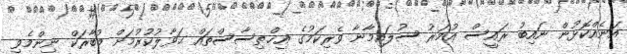
އަނެއްކޮޅުން ނައިބު ރައީސް ޢުމަރު ސުލައިމާނާ ވެރިކަމުގެ އިޚްތިސާސްތައް ޙަވާލުކުރުމަށް މުބާރަކް ނިންމެވި